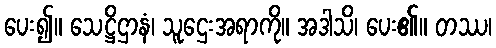
ပေး၍။ သေဋ္ဌိဌာနံ၊ သူဌေးအရာကို။ အဒါသိ၊ ပေး၏။ တဿ၊